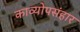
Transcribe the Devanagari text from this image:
काव्योपसंहार